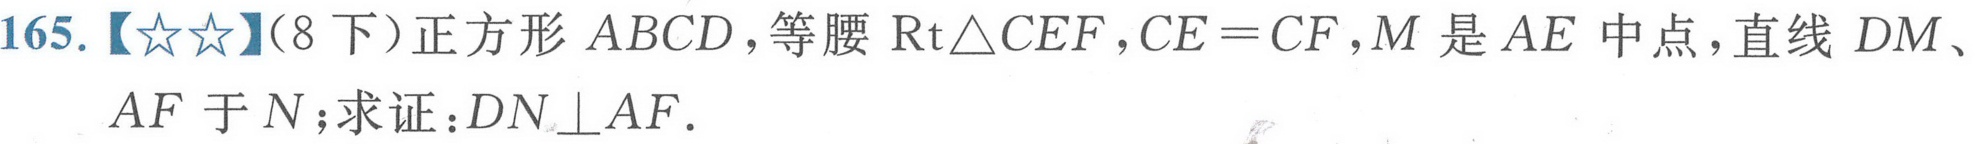
165.【★★】(8下）正方形\(ABCD\)，等腰\(\text{Rt}\triangle CEF\)，\(CE = CF\)，\(M\)是\(AE\)中点，直线\(DM\)、\(AF\)交于\(N\)；求证：\(DN\perp AF\)．